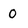
Character: 0